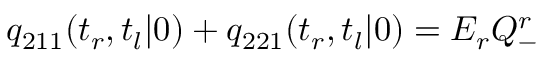
q _ { 2 1 1 } ( t _ { r } , t _ { l } | 0 ) + q _ { 2 2 1 } ( t _ { r } , t _ { l } | 0 ) = E _ { r } Q _ { - } ^ { r }